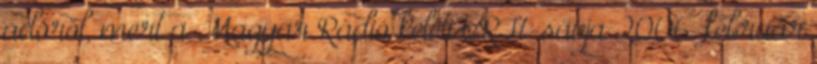
adóról, mert a Magyar Rádió keleti URH-sávja 2006. február